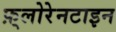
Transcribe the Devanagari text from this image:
फ़्लोरेनटाइन